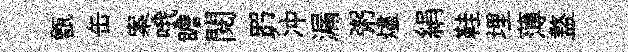
甑缶案哦瞻閱𦊑冲漏粥燼絹鞋埋薄盩